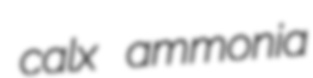
calx ammonia